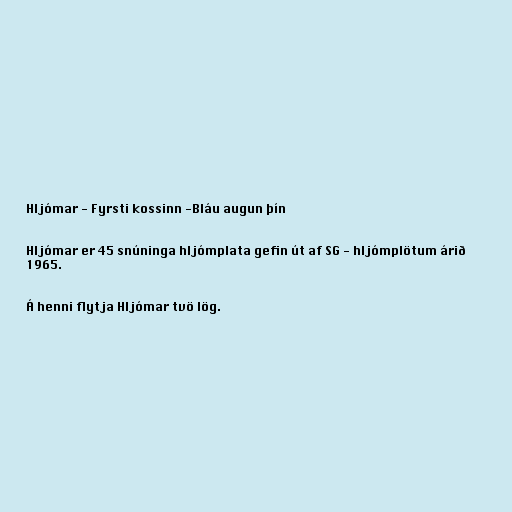
Hljómar - Fyrsti kossinn -Bláu augun þín

Hljómar er 45 snúninga hljómplata gefin út af SG - hljómplötum árið
1965.

Á henni flytja Hljómar tvö lög.